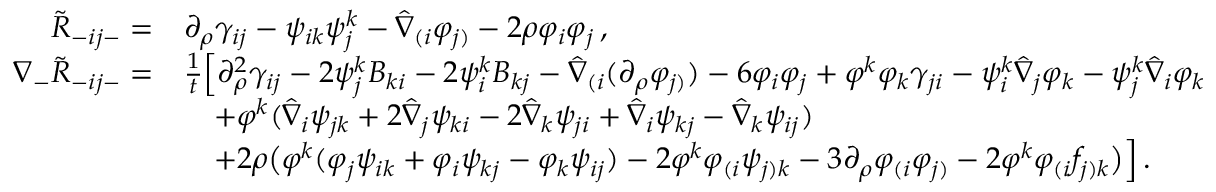
\begin{array} { r l } { \tilde { R } _ { - i j - } = } & { \partial _ { \rho } \gamma _ { i j } - \psi _ { i k } \psi _ { j } ^ { k } - \hat { \nabla } _ { ( i } \varphi _ { j ) } - 2 \rho \varphi _ { i } \varphi _ { j } \, , } \\ { \nabla _ { - } \tilde { R } _ { - i j - } = } & { \frac { 1 } { t } \Big [ \partial _ { \rho } ^ { 2 } \gamma _ { i j } - 2 \psi _ { j } ^ { k } { \cal B } _ { k i } - 2 \psi _ { i } ^ { k } { \cal B } _ { k j } - \hat { \nabla } _ { ( i } ( \partial _ { \rho } \varphi _ { j ) } ) - 6 \varphi _ { i } \varphi _ { j } + \varphi ^ { k } \varphi _ { k } \gamma _ { j i } - \psi _ { i } ^ { k } \hat { \nabla } _ { j } \varphi _ { k } - \psi _ { j } ^ { k } \hat { \nabla } _ { i } \varphi _ { k } } \\ & { \quad + \varphi ^ { k } ( \hat { \nabla } _ { i } \psi _ { j k } + 2 \hat { \nabla } _ { j } \psi _ { k i } - 2 \hat { \nabla } _ { k } \psi _ { j i } + \hat { \nabla } _ { i } \psi _ { k j } - \hat { \nabla } _ { k } \psi _ { i j } ) } \\ & { \quad + 2 \rho \big ( \varphi ^ { k } ( \varphi _ { j } \psi _ { i k } + \varphi _ { i } \psi _ { k j } - \varphi _ { k } \psi _ { i j } ) - 2 \varphi ^ { k } \varphi _ { ( i } \psi _ { j ) k } - 3 \partial _ { \rho } \varphi _ { ( i } \varphi _ { j ) } - 2 \varphi ^ { k } \varphi _ { ( i } f _ { j ) k } \big ) \Big ] \, . } \end{array}